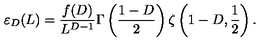
\varepsilon _ { D } ( L ) = \frac { f ( D ) } { L ^ { D - 1 } } \Gamma \left( \frac { 1 - D } { 2 } \right) \zeta \left( 1 - D , \frac 1 { 2 } \right) .